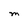
Character: M